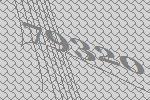
79320